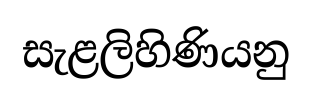
සැළලිහිණියනු